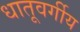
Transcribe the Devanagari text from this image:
धातूवर्गीय